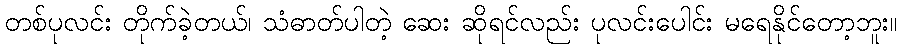
တစ်ပုလင်း တိုက်ခဲ့တယ်၊ သံဓာတ်ပါတဲ့ ဆေး ဆိုရင်လည်း ပုလင်းပေါင်း မရေနိုင်တော့ဘူး။